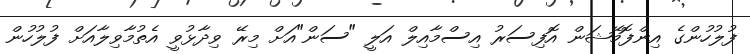
ފުލުހުންގެ އިންފޮމޭޝަން އޮފިސަރު އިސްމާއިލް އަލީ "ސަން"އަށް މިރޭ ވިދާޅުވީ އެތުމާވިލާއަށް ފުލުހުން